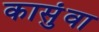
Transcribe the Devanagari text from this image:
कासुंवा